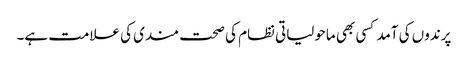
پرندوں کی آمد کسی بھی ماحولیاتی نظام کی صحت مندی کی علامت ہے۔